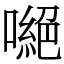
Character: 𠾼